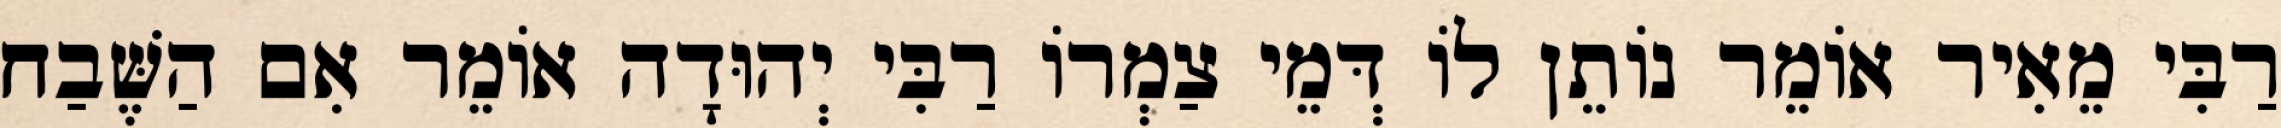
רַבִּי מֵאִיר אוֹמֵר נוֹתֵן לוֹ דְּמֵי צַמְרוֹ רַבִּי יְהוּדָה אוֹמֵר אִם הַשֶּׁבַח